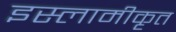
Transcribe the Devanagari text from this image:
इस्लामीकृत